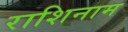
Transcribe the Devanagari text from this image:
राशिनाम